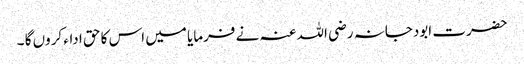
حضرت ابودجانہ رضی اللہ عنہ نے فرمایا میں اس کا حق اداء کروں گا ۔